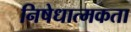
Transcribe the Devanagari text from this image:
निषेधात्मकता